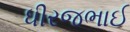
ધીરજભાઈ